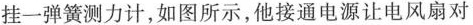
挂一弹簧测力计，如图所示，他接通电源让电风扇对